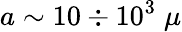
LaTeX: a\sim 10\div 10^{3}\; \mu